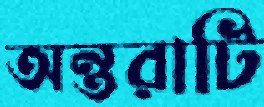
অন্তরাটি